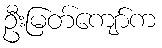
ဦးမြတ်ကျော်က